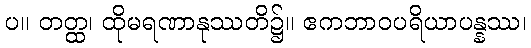
ပ။ တတ္ထ၊ ထိုမရဏာနုဿတိ၌။ ဧကဘာဝပရိယာပန္နဿ၊